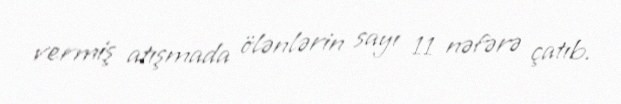
vermiş atışmada ölənlərin sayı 11 nəfərə çatıb.